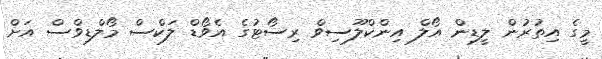
މީގެ އިތުރުން ލީޑިން އޯލް އިންކްލޫސިވް ރިސޯޓުގެ އެވޯޑް ލަކްސް މޯލްޑިވްސް އަށް